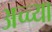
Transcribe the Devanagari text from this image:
अच्च्या